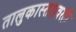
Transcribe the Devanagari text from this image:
तालुकास्तरावरही